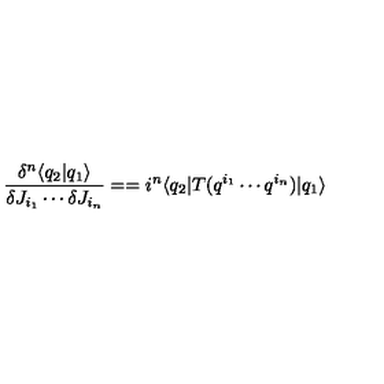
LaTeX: \frac { \delta ^ { n } \langle q _ { 2 } | q _ { 1 } \rangle } { \delta J _ { i _ { 1 } } \cdots \delta J _ { i _ { n } } } = = i ^ { n } \langle q _ { 2 } | T ( q ^ { i _ { 1 } } \cdots q ^ { i _ { n } } ) | q _ { 1 } \rangle